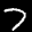
Label: 7